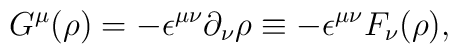
G^{\mu}(\rho)=-{\epsilon}^{{\mu}{\nu}}{\partial}_{\nu}{\rho}\equiv -{\epsilon}^{{\mu}{\nu}}F_{\nu}({\rho}),